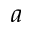
a